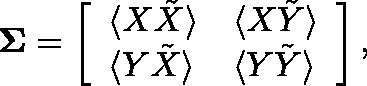
\mathbf { \Sigma } = \left[ \begin{array} { l l } { \langle X \tilde { X } \rangle } & { \langle X \tilde { Y } \rangle } \\ { \langle Y \tilde { X } \rangle } & { \langle Y \tilde { Y } \rangle } \end{array} \right] ,